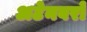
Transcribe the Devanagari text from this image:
अटेनबरो